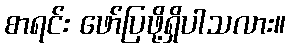
စာရင်း ဖော်ပြဖို့ရှိပါသလား။